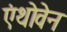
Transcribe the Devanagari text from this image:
एंथोवेन